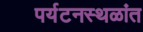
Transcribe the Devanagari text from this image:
पर्यटनस्थळांत